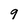
Character: 9